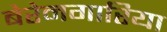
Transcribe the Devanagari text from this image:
बेरेनगारिया